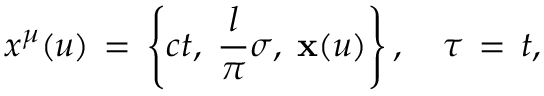
x ^ { \mu } ( u ) \, = \, \left\{ c t , \; \frac { l } { \pi } \sigma , \; { \bf x } ( u ) \right\} , \quad \tau \, = \, t ,